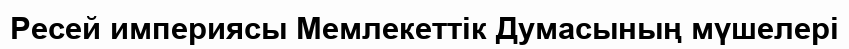
Ресей империясы Мемлекеттік Думасының мүшелері